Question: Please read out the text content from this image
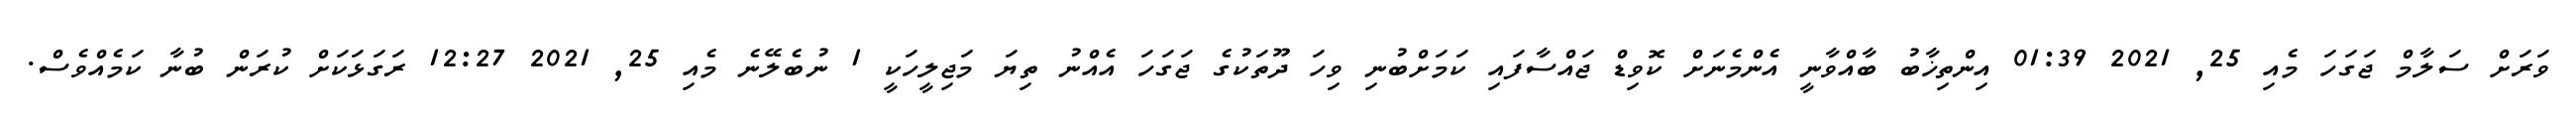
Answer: ވަރަށް ސަލާމް ޖަގަހަ މެއި 25, 2021 01:39 އިންތިޚާބު ބާއްވާނީ އެންމެނަށް ކޮވިޑް ޖައްސާފައި ކަމަށްބުނި ވިހަ ދޫތަކުގެ ޖަގަހަ އެއްނު ތިޔަ މަޖިލީހަކީ 1 ނުބެލޭނެ މެއި 25, 2021 12:27 ރަގަޅަކަށް ކުރަން ބުނާ ކަމެއްވެސް.